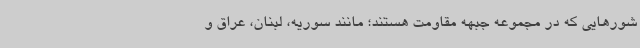
شورهایی که در مجموعه جبهه مقاومت هستند؛ مانند سوریه، لبنان، عراق و